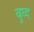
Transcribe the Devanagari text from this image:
बुघ्‍द